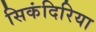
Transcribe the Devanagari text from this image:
सिकंदिरिया